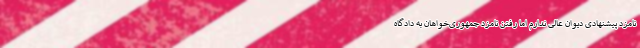
نامزد پیشنهادی دیوان عالی ندارم اما رفتن نامزد جمهوری‌خواهان به دادگاه